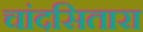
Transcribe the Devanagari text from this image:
चांदसितारा